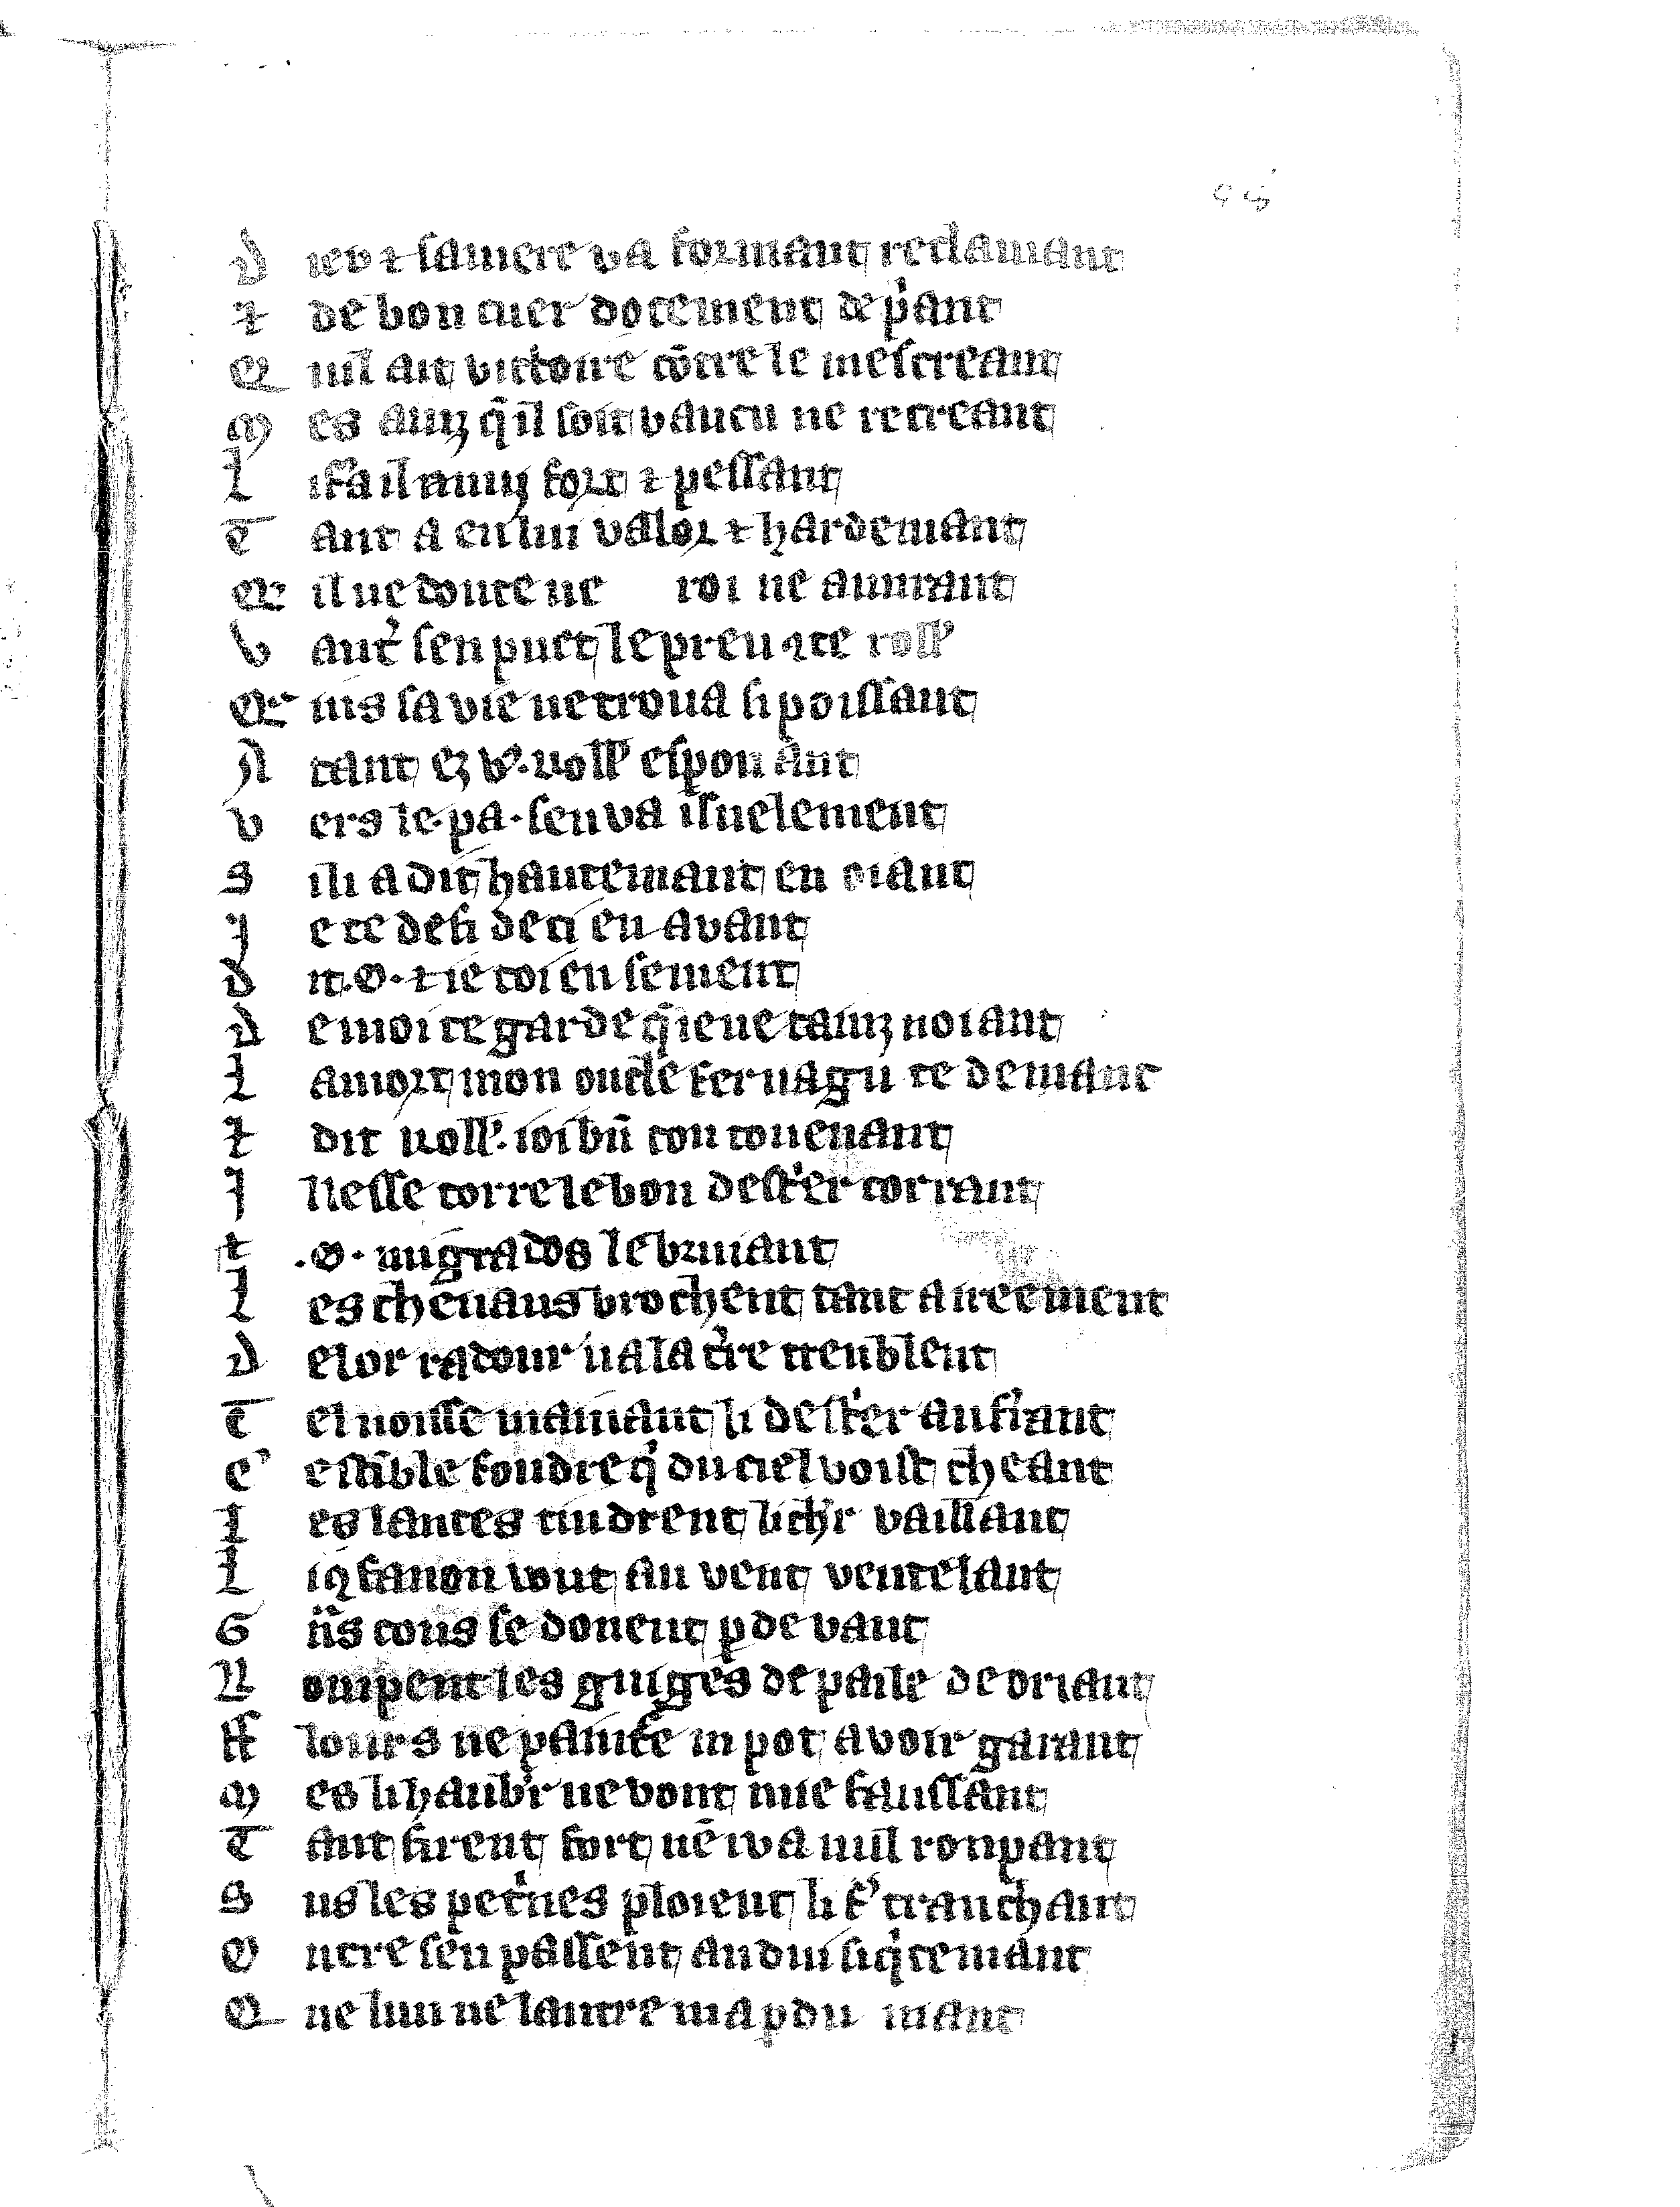
Shelfmark: Vatican, Biblioteca apostolica vaticana, Reg.lat. 1616
Century: 14